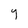
Character: y